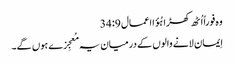
وہ فوراً اُٹھ کھڑا ہُؤا اعمال 9: 34
اِیمان لانے والوں کے درمیان یہ مُعجِزے ہوں گے۔